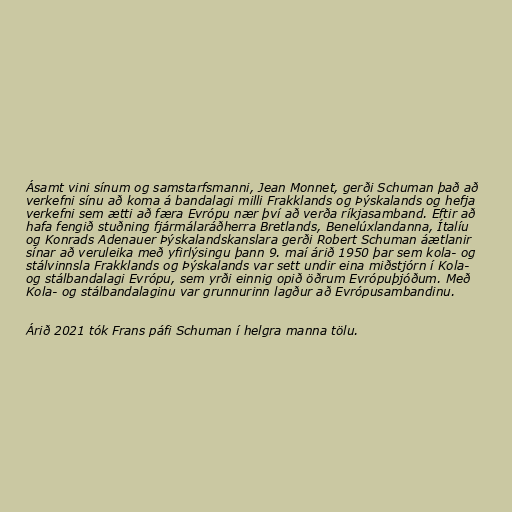
Ásamt vini sínum og samstarfsmanni, Jean Monnet, gerði Schuman það að
verkefni sínu að koma á bandalagi milli Frakklands og Þýskalands og hefja
verkefni sem ætti að færa Evrópu nær því að verða ríkjasamband. Eftir að
hafa fengið stuðning fjármálaráðherra Bretlands, Benelúxlandanna, Ítalíu
og Konrads Adenauer Þýskalandskanslara gerði Robert Schuman áætlanir
sínar að veruleika með yfirlýsingu þann 9. maí árið 1950 þar sem kola- og
stálvinnsla Frakklands og Þýskalands var sett undir eina miðstjórn í Kola-
og stálbandalagi Evrópu, sem yrði einnig opið öðrum Evrópuþjóðum. Með
Kola- og stálbandalaginu var grunnurinn lagður að Evrópusambandinu.

Árið 2021 tók Frans páfi Schuman í helgra manna tölu.